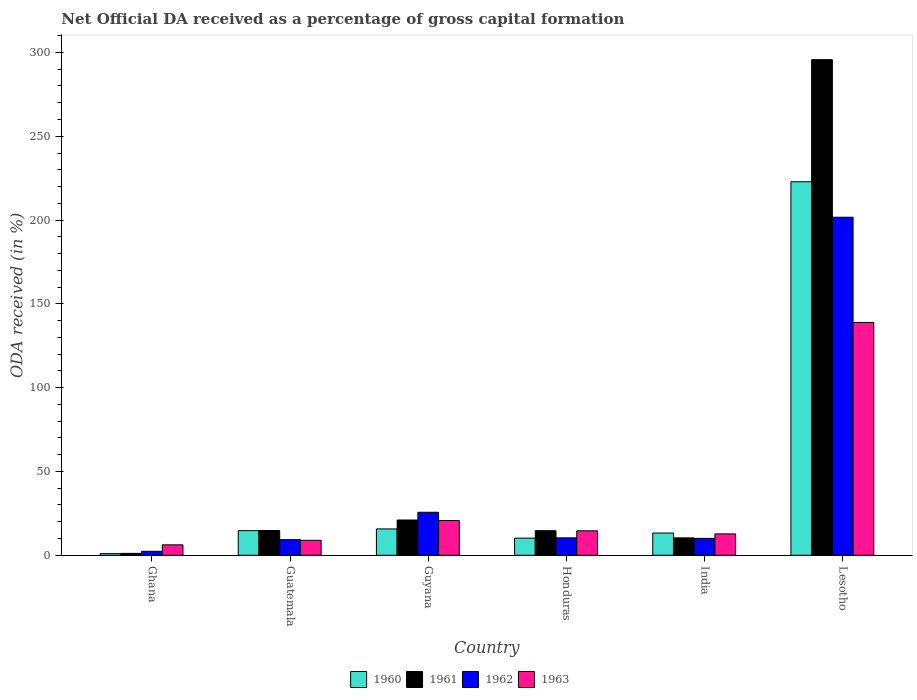
| Country | 1960 | 1961 | 1962 | 1963 |
 | --- | --- | --- | --- | --- |
 | Ghana | 0.99 | 1.13 | 2.37 | 6.24 |
 | Guatemala | 14.7 | 14.8 | 9.31 | 8.93 |
 | Guyana | 15.7 | 21 | 25.7 | 20.7 |
 | Honduras | 10.2 | 14.7 | 10.4 | 14.6 |
 | India | 13.3 | 10.4 | 10.1 | 12.8 |
 | Lesotho | 223 | 296 | 202 | 139 |